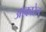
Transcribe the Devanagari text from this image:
आकारेल